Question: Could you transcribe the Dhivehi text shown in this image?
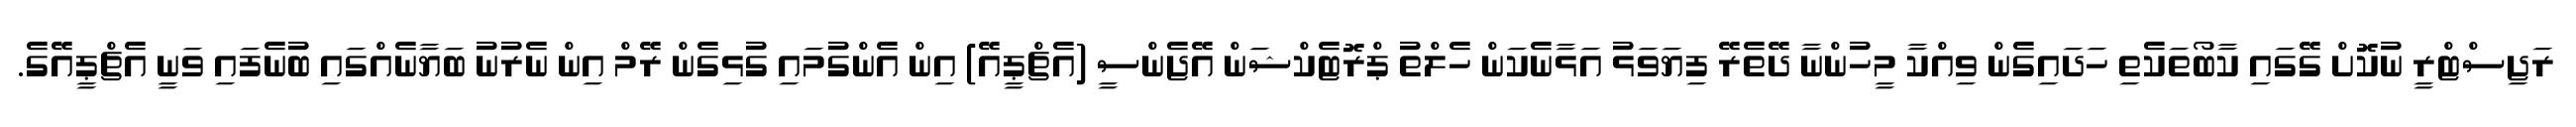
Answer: ރަޖިސްޓްރީ ނުކޮށް ގޭގައި ކާބޯތަކެތި ހަދައިގެން ވިއްކާ މީހުންނާ ދޭތެރޭ ފިޔަވަޅު އަޅާނެކަން ހެލްތު ޕްރޮޓެކްޝަން އޭޖެންސީ (އެޗްޕީއޭ) އިން އެންގުމައި ގުޅިގެން ރޭމް އިން ނެރުނު ބަޔާނެއްގައި ބުނެފައި ވަނީ އެޗްޕީއޭގެ.